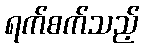
ရက်စက်သည့်